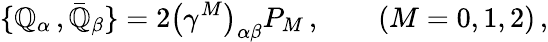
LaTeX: \{ \mathbb{Q}_{\alpha}\, ,{\bar{{\mathbb{Q}}}}_{\beta}\} =2\left(\gamma^{M}\right)_{\alpha\beta}P_{M}\, ,\qquad(M=0,1,2)\, ,